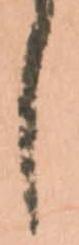
し